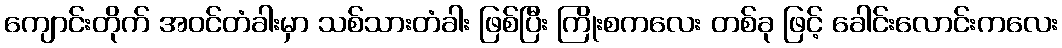
ကျောင်းတိုက် အဝင်တံခါးမှာ သစ်သားတံခါး ဖြစ်ပြီး ကြိုးစကလေး တစ်ခု ဖြင့် ခေါင်းလောင်းကလေး